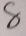
8